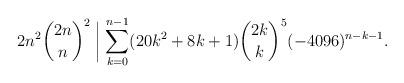
LaTeX: \begin{align*}2n^2\binom{2n}{n}^2\biggm|\sum_{k=0}^{n-1}(20k^2+8k+1){\binom{2k}{k}}^5 (-4096)^{n-k-1}.\end{align*}